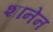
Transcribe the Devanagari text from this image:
शानेन